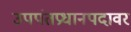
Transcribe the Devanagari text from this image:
उपपंतप्रधानपदावर